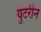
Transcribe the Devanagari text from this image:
युटरीन